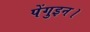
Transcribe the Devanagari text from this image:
पेंगुइन।